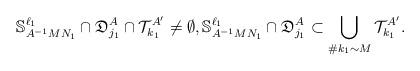
LaTeX: \begin{align*} \mathbb{S}_{A^{-1} M N_1}^{\ell_1} \cap {\mathfrak{D}}_{j_1}^A\cap {\mathcal{T}}_{k_1}^{A'} \not= \emptyset, \mathbb{S}_{A^{-1} M N_1}^{\ell_1} \cap {\mathfrak{D}}_{j_1}^A \subset \bigcup_{\# k_1 \sim M} {\mathcal{T}}_{k_1}^{A'}.\end{align*}